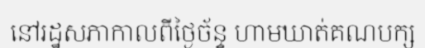
នៅរដ្ឋសភាកាលពីថ្ងៃច័ន្ទ ហាមឃាត់គណបក្ស